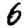
Digit: 6